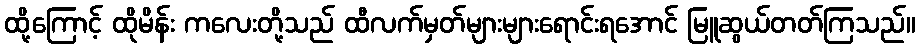
ထို့ကြောင့် ထိုမိန်း ကလေးတို့သည် ထီလက်မှတ်များများရောင်းရအောင် မြူဆွယ်တတ်ကြသည်။